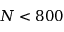
N < 8 0 0